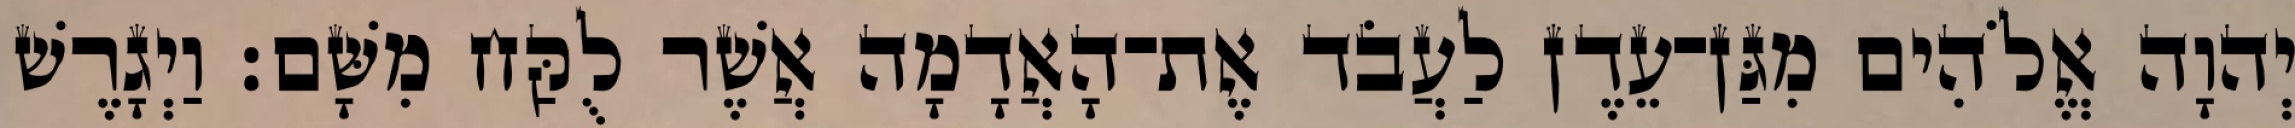
יְהוָה אֱלֹהִים מִגַּן־עֵדֶן לַעֲבֹד אֶת־הָאֲדָמָה אֲשֶׁר לֻקַּח מִשָּׁם׃ וַיְגָרֶשׁ